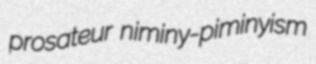
prosateur niminy-piminyism